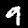
Label: 9